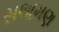
સલામણ